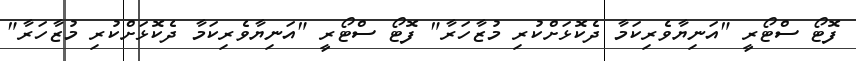
ފޮޓޯ ސްޓޯރީ "އަނިޔާވެރިކަމާ ދެކޮޅަށްކުރި މުޒާހަރާ" ފޮޓޯ ސްޓޯރީ "އަނިޔާވެރިކަމާ ދެކޮޅަށްކުރި މުޒާހަރާ"